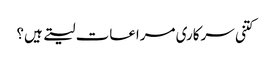
کتنی سرکاری مراعات لیتے ہیں؟